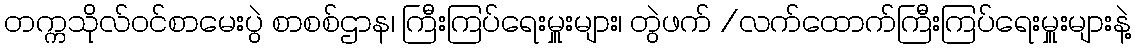
တက္ကသိုလ်ဝင်စာမေးပွဲ စာစစ်ဌာန၊ ကြီးကြပ်ရေးမှူးများ၊ တွဲဖက် /လက်ထောက်ကြီးကြပ်ရေးမှူးများနဲ့